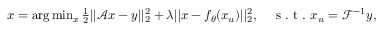
\begin{array} { r } { x = \arg \operatorname* { m i n } _ { x } \frac { 1 } { 2 } | | \mathcal { A } x - y | | _ { 2 } ^ { 2 } + \lambda | | x - f _ { \theta } ( x _ { u } ) | | _ { 2 } ^ { 2 } , \quad \mathrm { ~ s ~ . ~ t ~ . ~ } x _ { u } = \mathcal { F } ^ { - 1 } y , } \end{array}